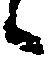
候